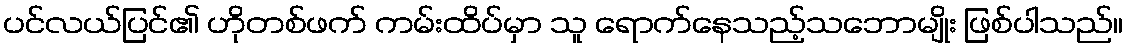
ပင်လယ်ပြင်၏ ဟိုတစ်ဖက် ကမ်းထိပ်မှာ သူ ရောက်နေသည့်သဘောမျိုး ဖြစ်ပါသည်။